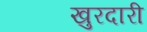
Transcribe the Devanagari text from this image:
खुरदारी